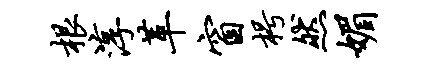
根淳革窗枵然媚